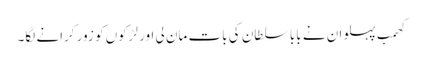
کھمب پہلوان نے بابا سلطان کی بات مان لی اور لڑکوں کو زور کرانے لگا۔